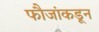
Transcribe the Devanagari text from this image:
फौजांकडून